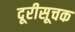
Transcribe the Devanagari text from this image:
दूरीसूचक